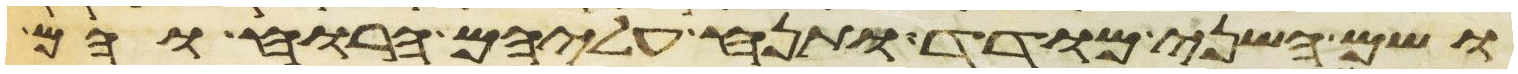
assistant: ושם השני מודד ותנח עליהם הרוח והם